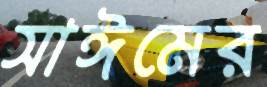
সাঈমের